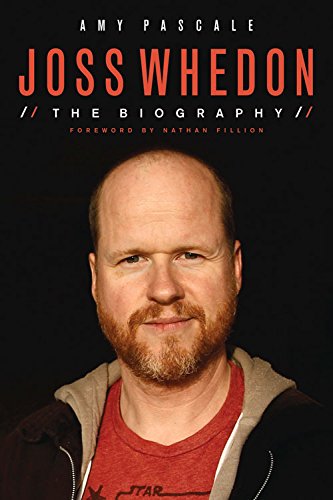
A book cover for Joss Whedon: The Biography; Amy Pascale; Humor & Entertainment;